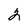
Character: 2